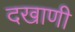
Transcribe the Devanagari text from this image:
दखाणी